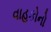
વાહકોનો